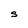
Character: S